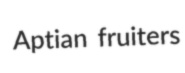
Aptian fruiters